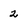
Character: 2